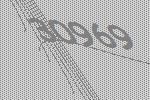
30969